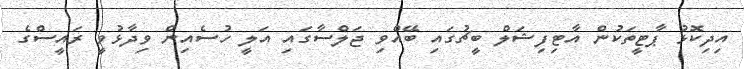
އިދިކޮޅު ޕާޓީތަކުން އާޓިފިޝަލް ބީޗުގައި ބޭއްވި ޖަލްސާގައި އަލީ ހުސެއިން ވިދާޅުވީ ރައީސްގެ